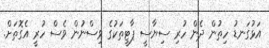
އަޅުގަނޑު ހިތުން ދެން ހުރި ސިޔާސީ ޕާޓީތަކުގެ ވިސްނުން ވެސް ހުރީ އެގޮތަށް.